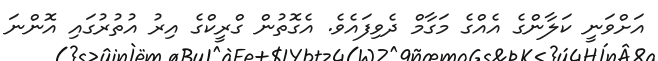
އަށްވަނީ ކަލާންގެ އެއްގެ މަގާމް ދެވިފައެވެ. އެގޮތުން ގްރީކްގެ އިރު އުތުރުގައި އޮންނަ